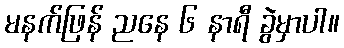
မနက်ဖြန် ညနေ ၆ နာရီ ခွဲမှာပါ။